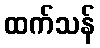
ထက်သန်